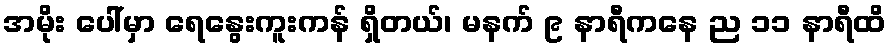
အမိုး ပေါ်မှာ ရေနွေးကူးကန် ရှိတယ်၊ မနက် ၉ နာရီကနေ ည ၁၁ နာရီထိ